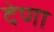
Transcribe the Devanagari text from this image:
देणा